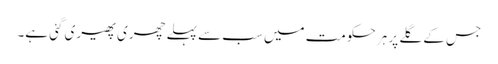
جس کے گلے پر ہر حکومت میں سب سے پہلے چھری پھیری گئی ہے۔